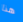
هذا